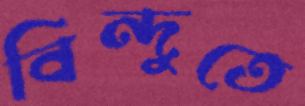
বিন্দুতে